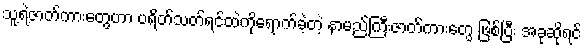
သူ့ရဲ့ဇာတ်ကားတွေဟာ ပရိတ်သတ်ရင်ထဲကိုရောက်ခဲ့တဲ့ နာမည်ကြီးဇာတ်ကားတွေ ဖြစ်ပြီး အခုဆိုရင်